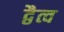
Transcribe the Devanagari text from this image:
द्वैत्व